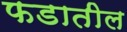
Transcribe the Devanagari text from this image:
फडातील